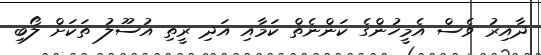
ދާއިރު ވެސް އެމީހުންގެ ކަންނެތް ކަމާއި އަދި ރީތި އުސޫލު ތަކަށް ލޯބި